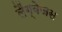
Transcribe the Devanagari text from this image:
लैंग्वेजस